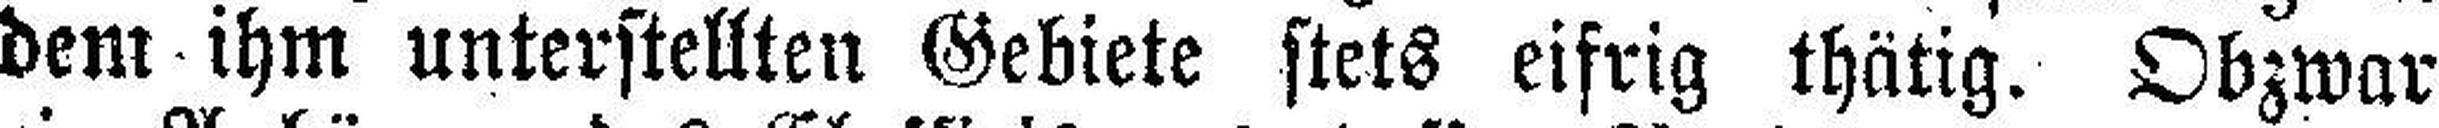
dem ihm unterstellten Gebiete stets eifrig thätig. Obzwar